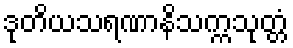
ဒုတိယသရဏာနိသက္ကသုတ္တံ